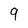
Character: 9